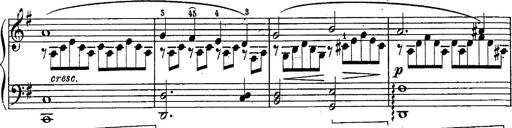
Title: Schubert's Impromptus [revised and edited by Franz Liszt]
Composer: Franz Liszt